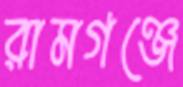
রামগঞ্জে